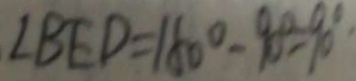
\angle B E D = 1 6 0 ^ { \circ } - 9 0 ^ { \circ } = 9 0 ^ { \circ }